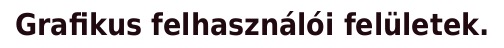
Grafikus felhasználói felületek.